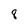
Character: 8